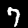
Label: 7